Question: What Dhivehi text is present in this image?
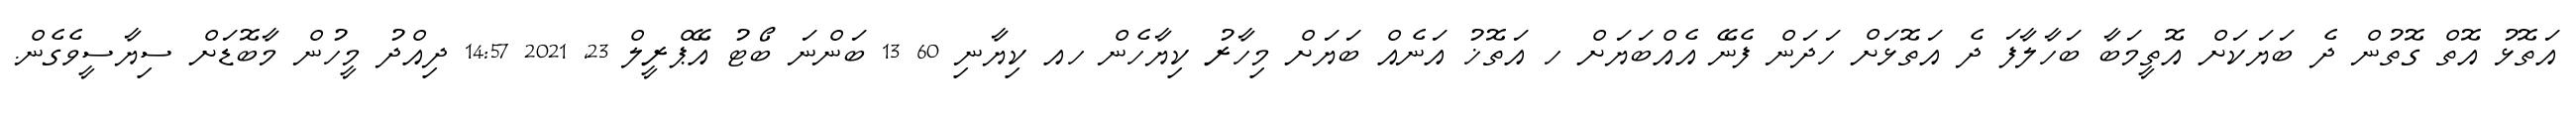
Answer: އަތޮޅު އޮތް ގޮތުން ދެ ބަޔަކަށް އޮތީމަބާ ބަހާލާފަ ދެ އަތޮޅަށް ހަދަން ފެނޭ އެއްބަޔަށް ހ އަތޮޚު އަނެއް ބަޔަށް މިހާރު ކިޔާހެން ހއ ކިޔާނި 60 13 ބަންނަ ބޯޓު އޭޕްރީލް 23, 2021 14:57 ދިއްދު މީހުން މާބޮޑަށް ސިޔާސީވެގެން.